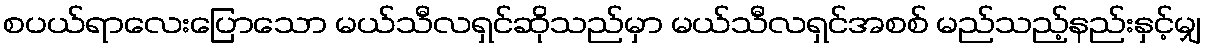
စပယ်ရာလေးပြောသော မယ်သီလရှင်ဆိုသည်မှာ မယ်သီလရှင်အစစ် မည်သည့်နည်းနှင့်မျှ